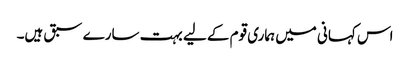
اس کہانی میں ہماری قوم کے لیے بہت سارے سبق ہیں۔